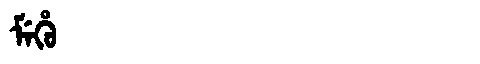
Manchu: ᠮᡝᡥᡠ
Romanization: MEHU